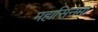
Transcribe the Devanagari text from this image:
महासिनेमा